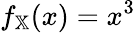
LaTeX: f_{\mathbb{X}}(x)=x^{3}